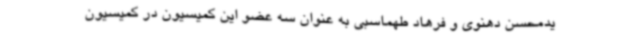
یدمحسن دهنوی و فرهاد طهماسبی به عنوان سه عضو این کمیسیون در کمیسیون